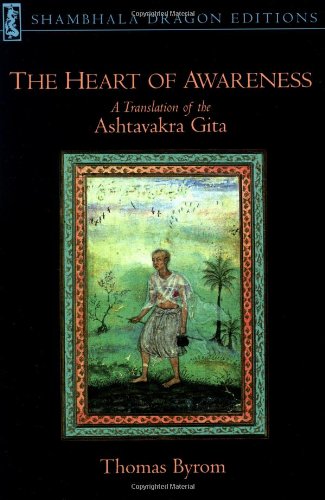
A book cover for The Heart of Awareness: A Translation of the Ashtavakra Gita (Shambhala Dragon Editions); Religion & Spirituality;